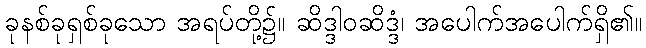
ခုနစ်ခုရှစ်ခုသော အရပ်တို့၌။ ဆိဒ္ဒါဝဆိဒ္ဒံ၊ အပေါက်အပေါက်ရှိ၏။